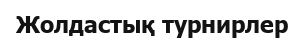
Жолдастық турнирлер